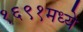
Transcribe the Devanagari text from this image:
१६९१मध्ये